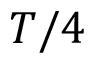
T / 4